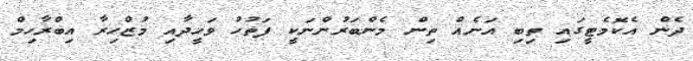
ދެން އެކޮމެޓީގައި ތިބި އަނެއް ތިން މެންބަރުންނަކީ ފަތުހު ވަހީދާއި މުޒްހިރާ އިބްރާހިމް